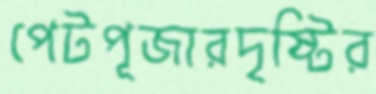
পেটপূজারদৃষ্টির